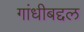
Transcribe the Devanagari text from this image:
गांधीबद्दल